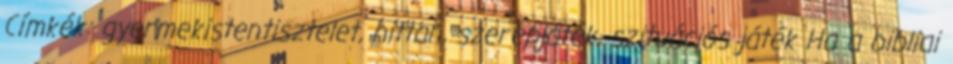
Címkék: gyermekistentisztelet, hittan, szerepjáték, szituációs játék Ha a bibliai